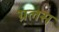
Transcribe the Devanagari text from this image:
ग्रलस